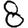
Digit: 8